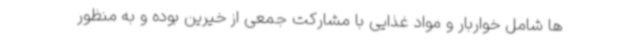
ها شامل خواربار و مواد غذایی با مشارکت جمعی از خیرین بوده و به منظور